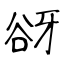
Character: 谺